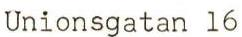
Unionsgatan 16